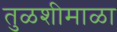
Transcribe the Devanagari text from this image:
तुळशीमाळा